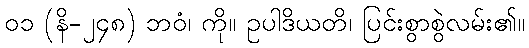
၀၁ (နိ-၂၄၈) ဘဝံ၊ ကို။ ဥပါဒိယတိ၊ ပြင်းစွာစွဲလမ်း၏။